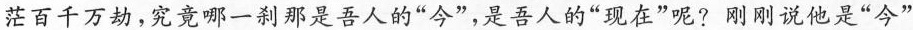
茫百千万劫，究竟哪一刹那是吾人的”今”，是吾人的”现在”呢? 刚刚说他是”今”